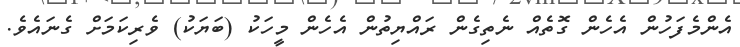
އެންމެފަހުން އެހެން ގޮތެއް ނެތިގެން ރައްޔިތުން އެހެން މީހަކު (ބަޔަކު) ވެރިކަމަށް ގެނައެވެ.